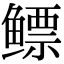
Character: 鳔